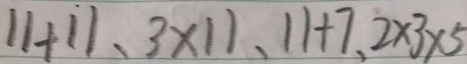
1 1 + 1 1 、 3 \times 1 1 、 1 1 + 7 . 2 \times 3 \times 5